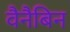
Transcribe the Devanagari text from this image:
वैनैबिन